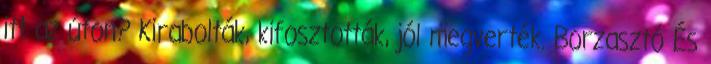
itt az úton? Kirabolták, kifosztották, jól megverték. Borzasztó És